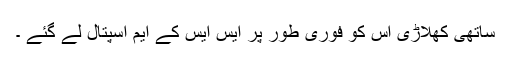
ساتھی کھلاڑی اس کو فوری طور پر ایس ایس کے ایم اسپتال لے گئے ۔